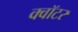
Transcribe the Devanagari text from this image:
क्वॉटर